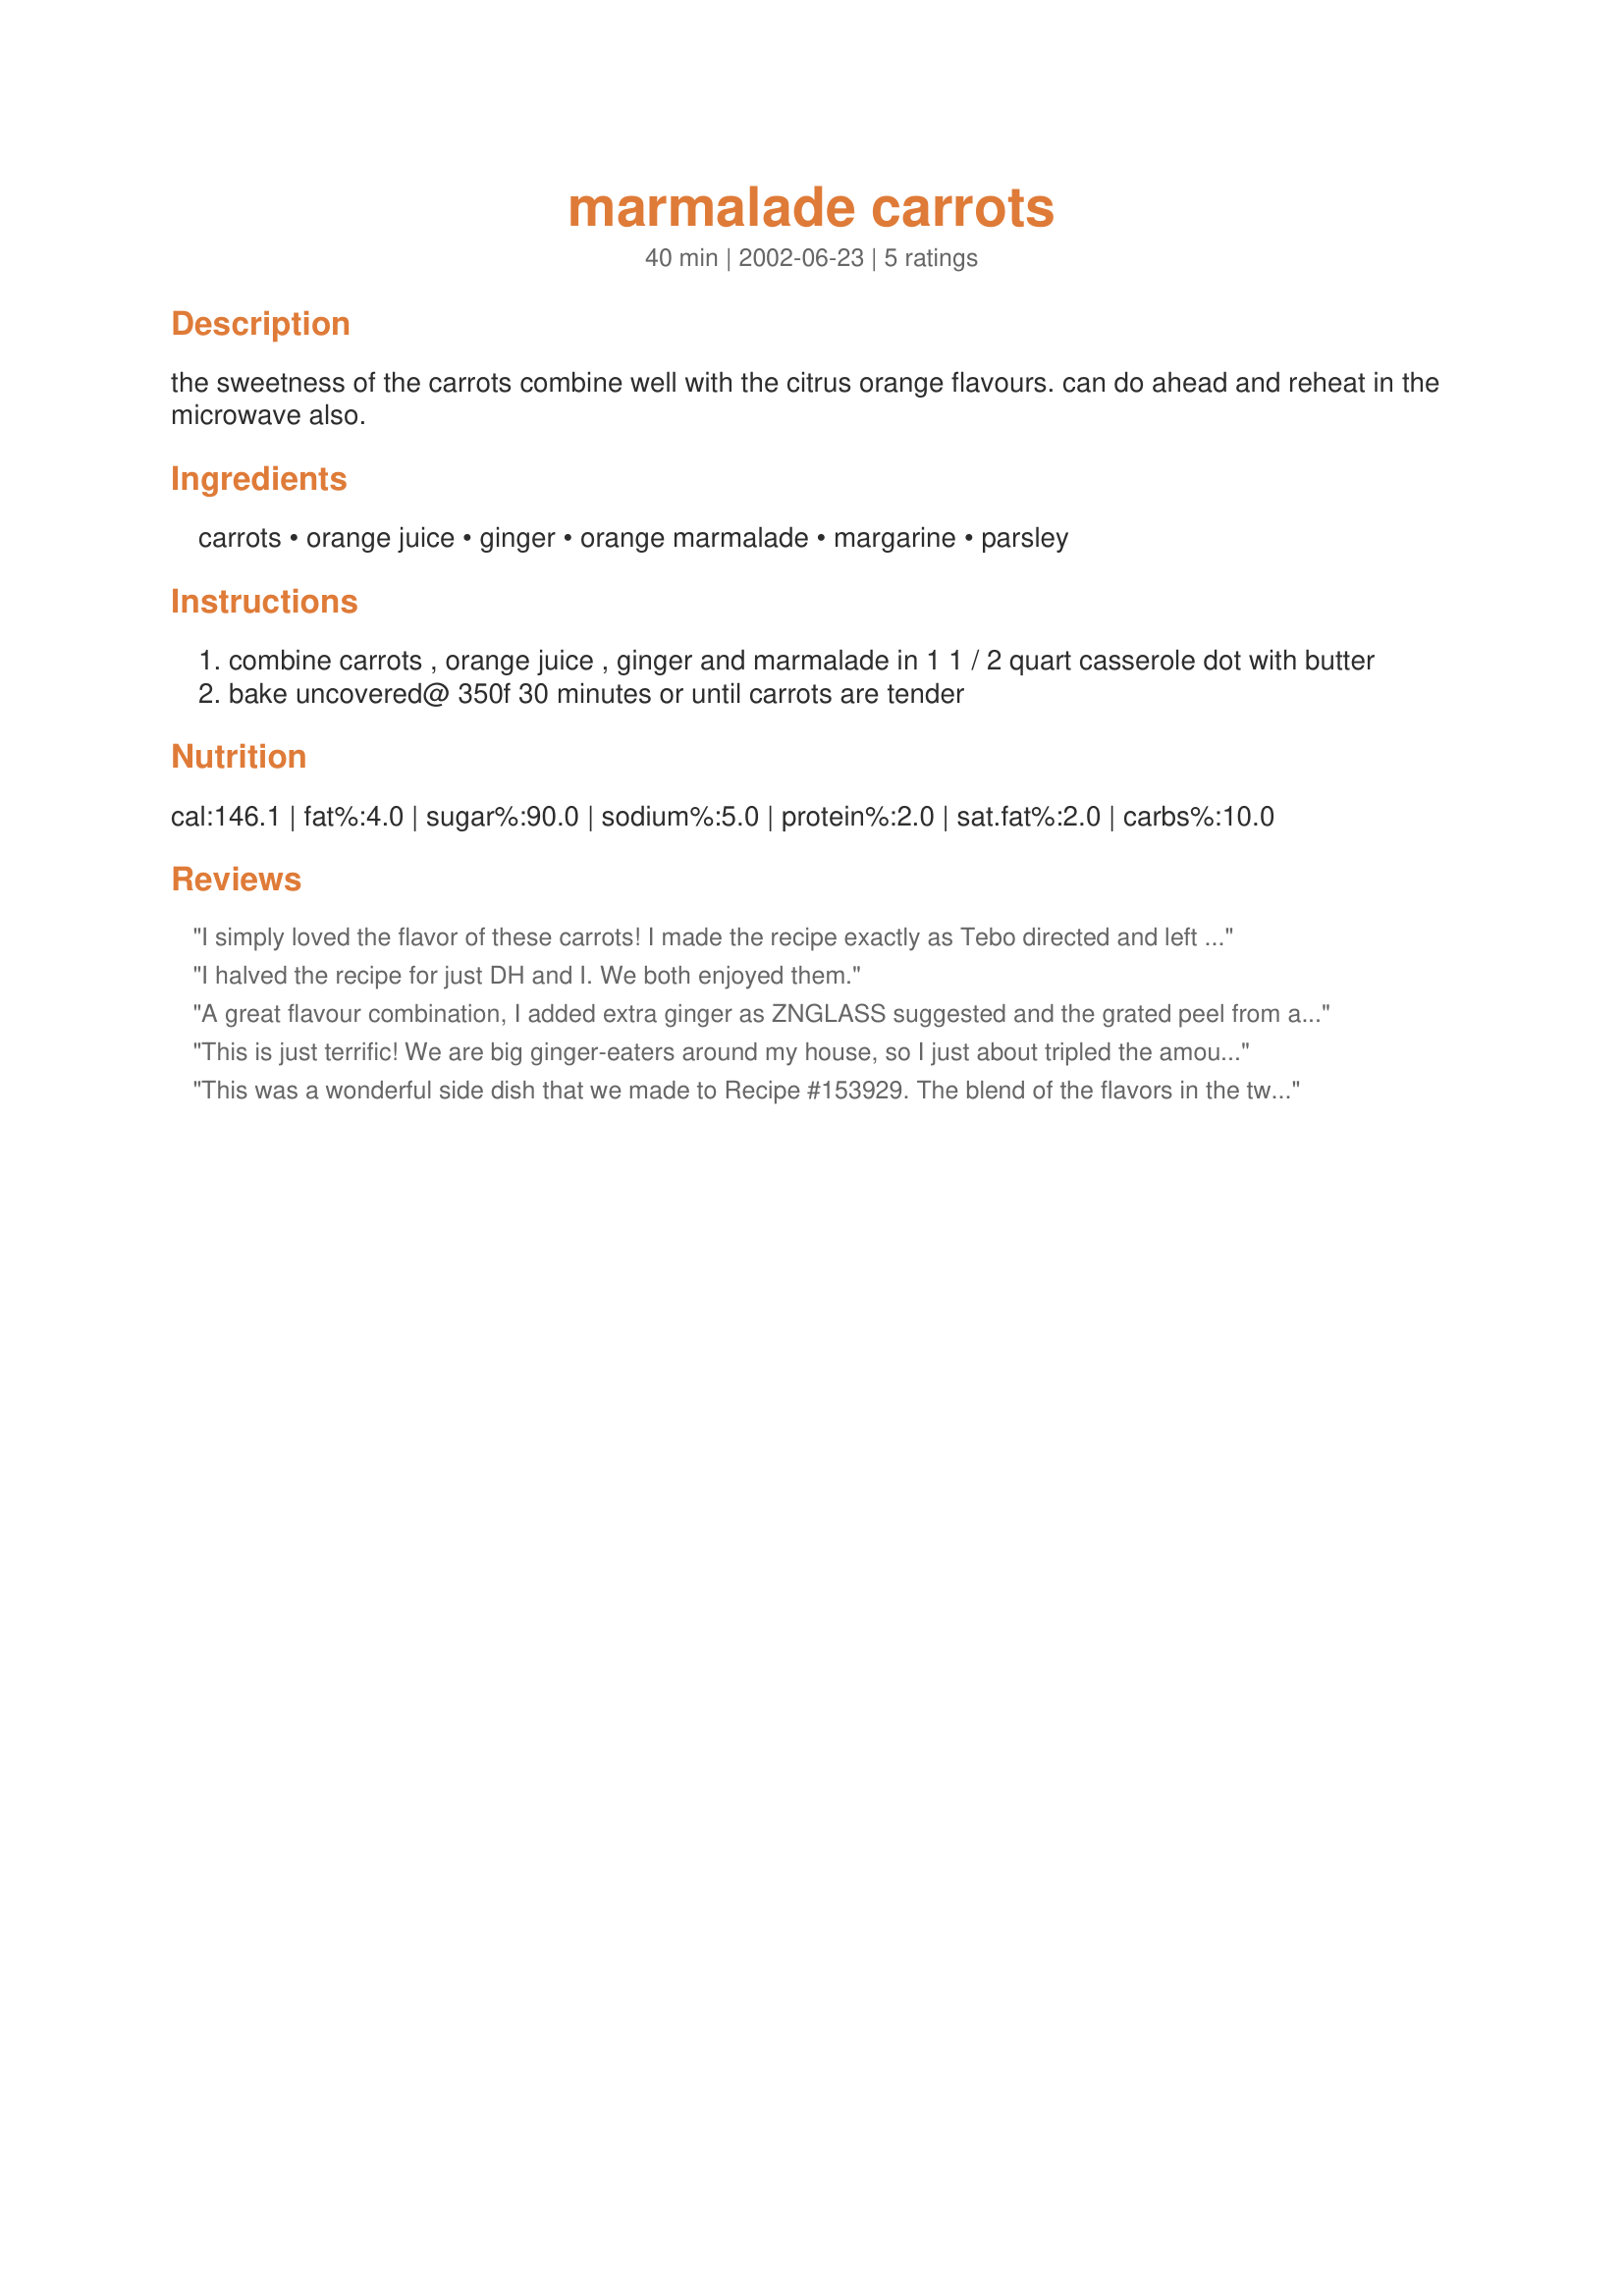
marmalade carrots
Preparation time: 40 minutes

the sweetness of the carrots combine well with the citrus orange flavours. can do ahead and reheat in the microwave also.

Ingredients:
carrots, orange juice, ginger, orange marmalade, margarine, parsley

Steps:
combine carrots , orange juice , ginger and marmalade in 1 1 / 2 quart casserole dot with butter
bake uncovered@ 350f 30 minutes or until carrots are tender

Reviews:
I simply loved the flavor of these carrots! I made the recipe exactly as Tebo directed and left them in the oven for a little longer than 30 minutes because we like our carrots a little more tender. Thank you, Tebo!
I halved the recipe for just DH and I. We both enjoyed them.
A great flavour combination, I added extra ginger as ZNGLASS suggested and the grated peel from an orange, hmmmmm!! delicious!!
This is just terrific! We are big ginger-eaters around my house, so I just about tripled the amount of fresh ginger, but even if you dial it back a little, this is still a great way to serve carrots. Thanks!
This was a wonderful side dish that we made to Recipe #153929. The blend of the flavors in the two recipes really complimented each other well.
We substituted the parsley for some dill weed and added it into the dish before baking. We enjoyed the ease of making it and the sweet savory flavor. Thanks for posting.
